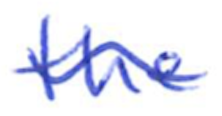
Text: the
Cross-out: wave
Writing tool: ballpoint